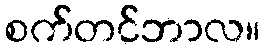
စက်တင်ဘာလ။